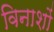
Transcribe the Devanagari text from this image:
विनाशों